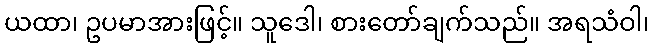
ယထာ၊ ဥပမာအားဖြင့်။ သူဒေါ၊ စားတော်ချက်သည်။ အရသံဝါ၊